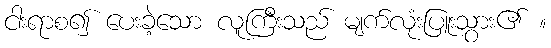
ငါးရာစ၍ ပေးခဲ့သော လူကြီးသည် မျက်လုံးပြူးသွား၏ ။